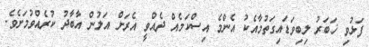
ފަޅުވި ޚަބަރު ލިބިވަޑައިގަތުމާއެކު އެންމެ އިސްކަމެއް ދެއްވީ އެރަށް އަލުން އާބާދު ކުރެއްވުމަށެވެ.